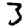
Digit: 3